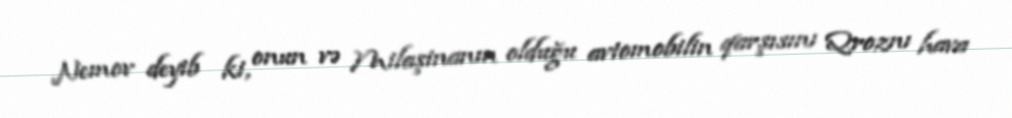
Nemov deyib ki, onun və Milaşinanın olduğu avtomobilin qarşısını Qroznı hava